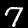
Label: 7